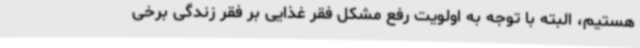
هستیم، البته با توجه به اولویت رفع مشکل فقر غذایی بر فقر زندگی برخی